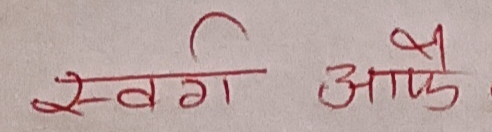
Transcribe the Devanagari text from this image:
स्वर्ग आफै